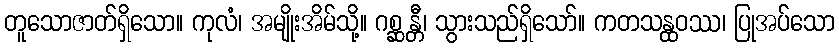
တူသောဇာတ်ရှိသော။ ကုလံ၊ အမျိုးအိမ်သို့။ ဂစ္ဆန္တီ၊ သွားသည်ရှိသော်။ ကတသန္ထဝဿ၊ ပြုအပ်သော